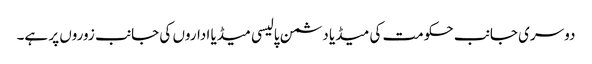
دوسری جانب حکومت کی میڈیا دشمن پالیسی میڈیا اداروں کی جانب زوروں پر ہے۔